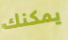
يمكنك